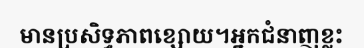
មានប្រសិទ្ធភាពខ្សោយ។អ្នកជំនាញខ្លះ